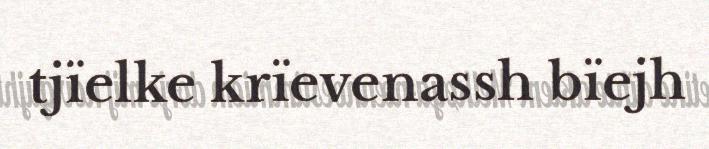
tjïelke krïevenassh bïejh